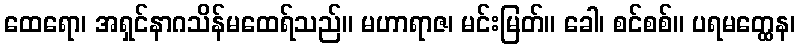
ထေရော၊ အရှင်နာဂသိန်မထေရ်သည်။ မဟာရာဇ၊ မင်းမြတ်။ ခေါ၊ စင်စစ်။ ပရမတ္ထေန၊